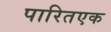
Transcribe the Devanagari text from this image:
पारितएक